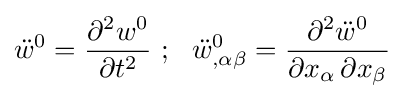
{\ddot {w}}^{0}={\frac {\partial ^{2}w^{0}}{\partial t^{2}}}~;~~{\ddot {w}}_{,\alpha \beta }^{0}={\frac {\partial ^{2}{\ddot {w}}^{0}}{\partial x_{\alpha }\,\partial x_{\beta }}}